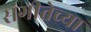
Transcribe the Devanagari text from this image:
संगीतेच्या